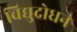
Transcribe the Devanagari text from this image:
विद्युद्रोधन